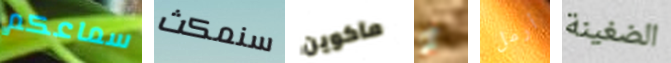
سماعكم سنمكث ماكوين أو أرمل الضغينة